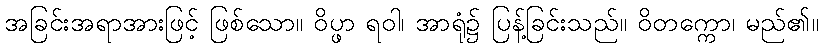
အခြင်းအရာအားဖြင့် ဖြစ်သော။ ဝိပ္ဖာ ရဝါ၊ အာရုံ၌ ပြန့်ခြင်းသည်။ ဝိတက္ကော၊ မည်၏။